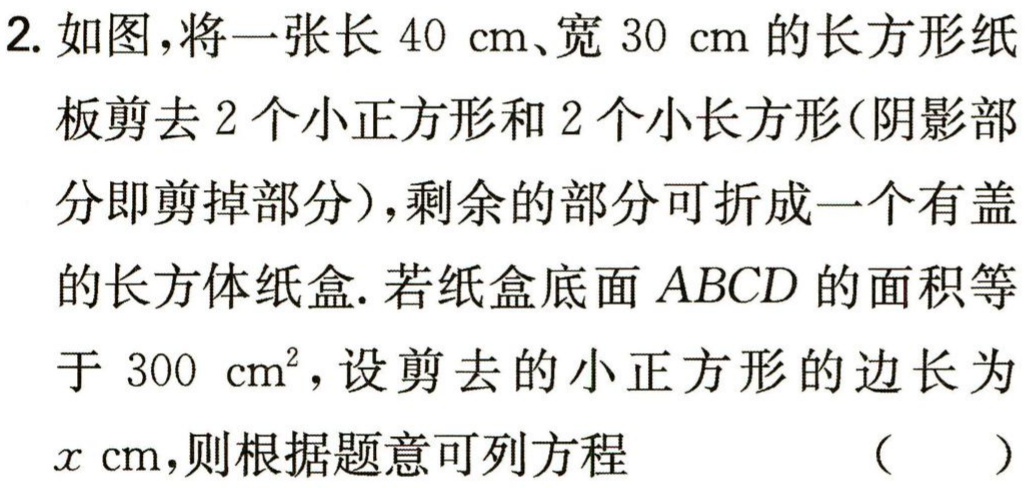
2. 如图，将一张长 \(40\mathrm{cm}\)、宽 \(30\mathrm{cm}\) 的长方形纸板剪去 \(2\) 个小正方形和 \(2\) 个小长方形（阴影部分即剪掉部分），剩余的部分可折成一个有盖的长方体纸盒. 若纸盒底面 \(ABCD\) 的面积等于 \(300\mathrm{cm}^{2}\)，设剪去的小正方形的边长为 \(x\mathrm{cm}\)，则根据题意可列方程 （  ）